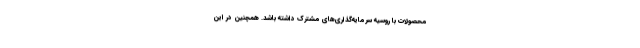
محصولات با روسیه سرمایه‌گذاری‌های مشترک داشته باشد. همچنین در این